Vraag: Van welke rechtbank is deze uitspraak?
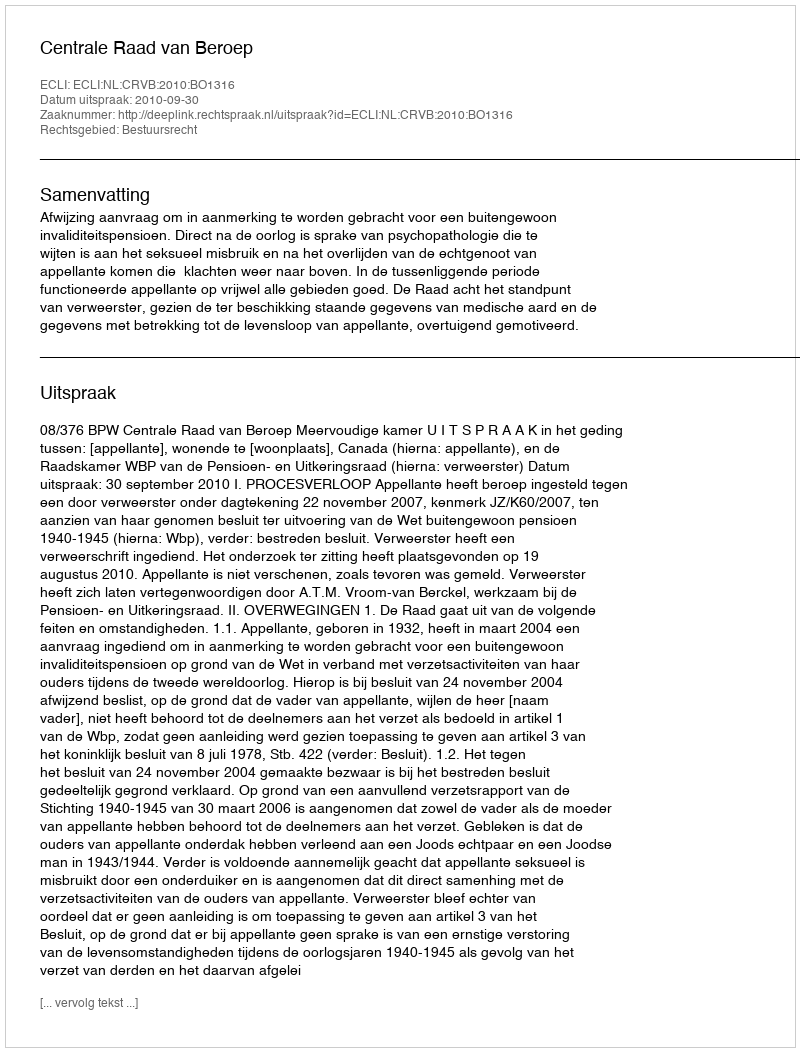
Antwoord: Centrale Raad van Beroep